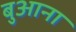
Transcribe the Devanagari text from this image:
बुआना